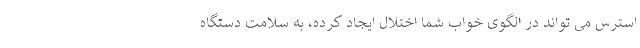
استرس می تواند در الگوی خواب شما اختلال ایجاد کرده، به سلامت دستگاه